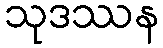
သုဒဿန